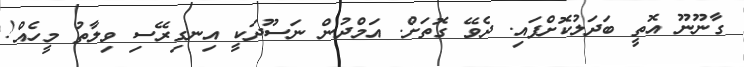
ގާނޫނޫ އޮތީ ބަދަލުކޮށްފައި. ދެވޭ ގޮތަށް. އަމްދުން ނަސޫދަކީ އިނގިރޭސި ވިލާތު މީހެއް!